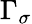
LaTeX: \Gamma_{\sigma}